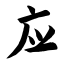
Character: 应